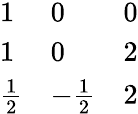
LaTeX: \begin{array}{lll}{{1}}&{{0}}&{{0}}\\ {{1}}&{{0}}&{{2}}\\ {{{\frac{1}{2}}}}&{{-{\frac{1}{2}}}}&{{{2}}}\end{array}